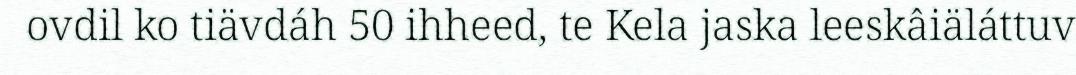
ovdil ko tiävdáh 50 ihheed, te Kela jaska leeskâiäláttuv